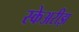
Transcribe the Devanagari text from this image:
स्केअरीझ